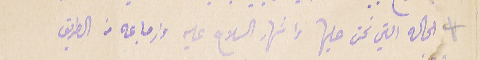
الحاله التي نحن عليها واشهار السلاح عليه وارجاعه من الطريق